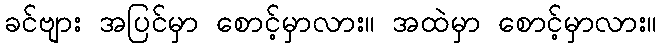
ခင်ဗျား အပြင်မှာ စောင့်မှာလား။ အထဲမှာ စောင့်မှာလား။